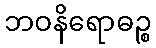
ဘဝနိရောဓဉ္စ